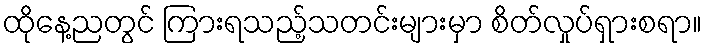
ထိုနေ့ညတွင် ကြားရသည့်သတင်းများမှာ စိတ်လှုပ်ရှားစရာ။